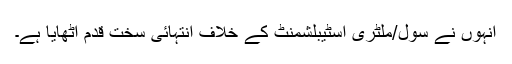
انہوں نے سول/ملٹری اسٹیبلشمنٹ کے خلاف انتہائی سخت قدم اٹھایا ہے۔